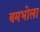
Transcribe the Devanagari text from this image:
बमभोला